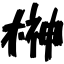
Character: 榊